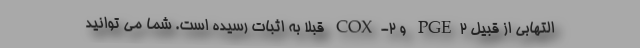
التهابی از قبیل PGE۲ و COX-۲ قبلا به اثبات رسیده است. شما می توانید